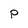
Character: P